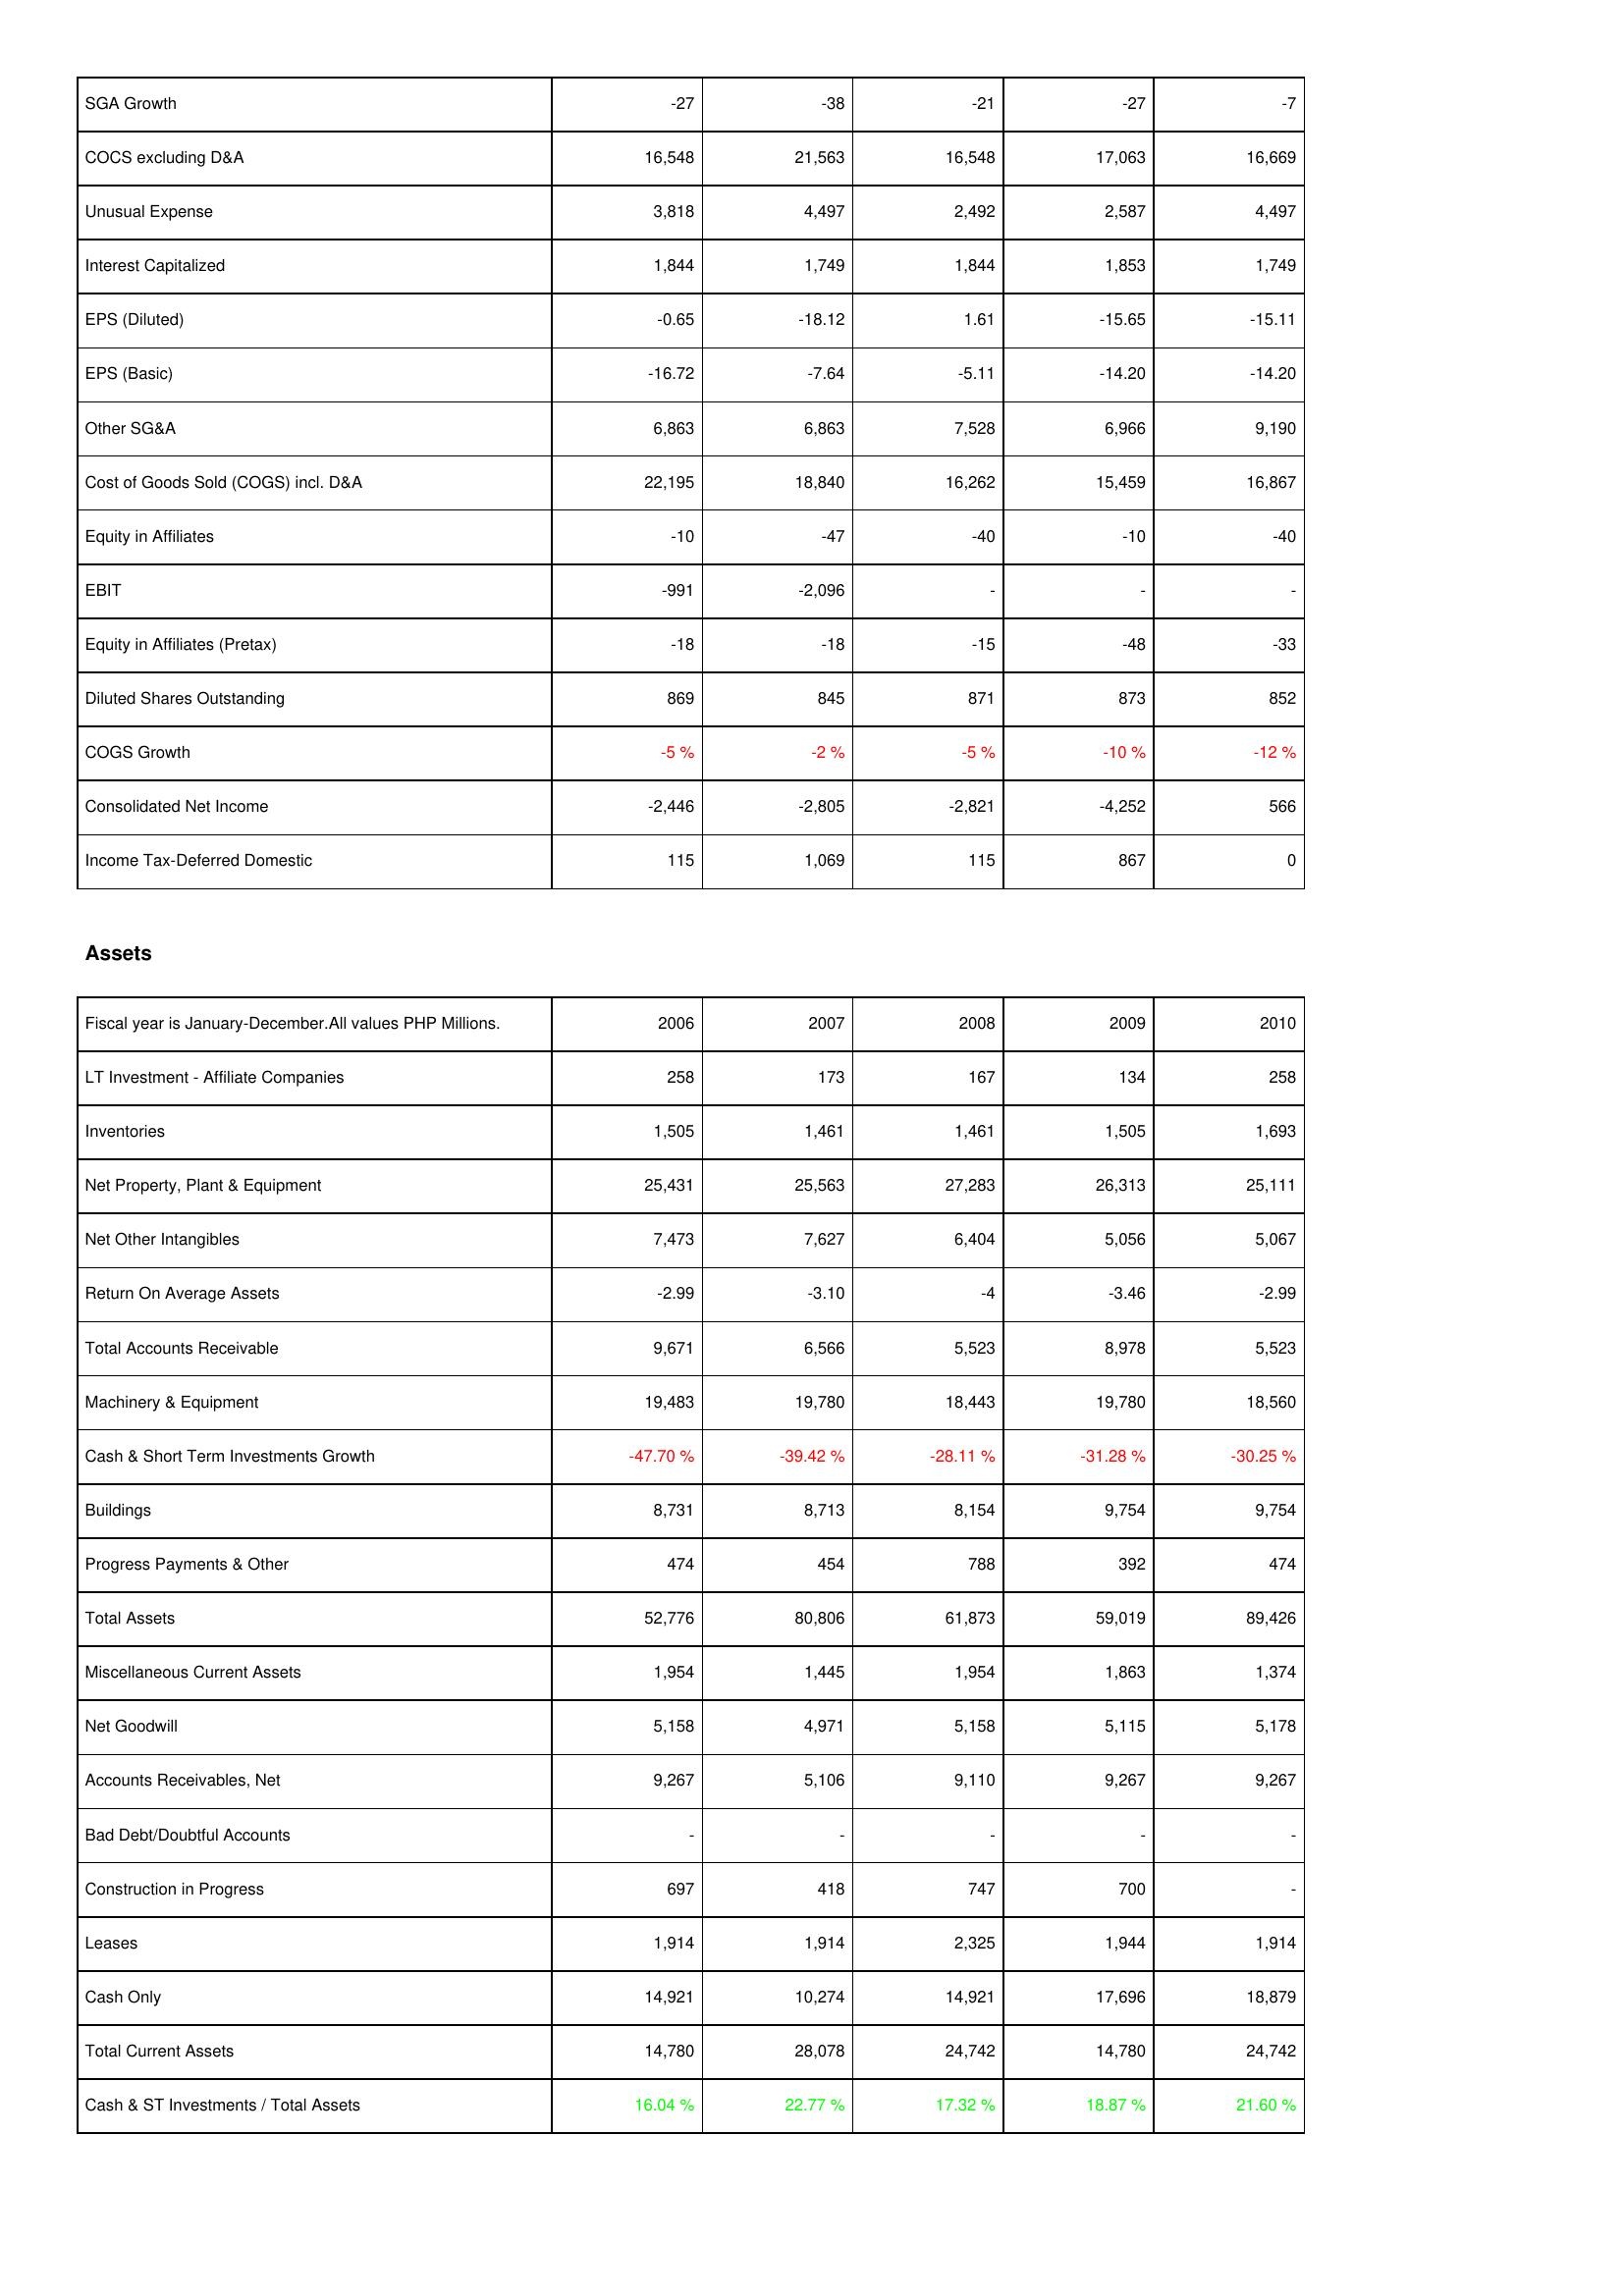
2006: Income Statement: SGA Growth: -27
COCS excluding D&A: 16,548
Unusual Expense: 3,818
Interest Capitalized: 1,844
EPS (Diluted): -0.65
EPS (Basic): -16.72
Other SG&A: 6,863
Cost of Goods Sold (COGS) incl. D&A: 22,195
Equity in Affiliates: -10
EBIT: -991
Equity in Affiliates (Pretax): -18
Diluted Shares Outstanding: 869
COGS Growth: -5 %
Consolidated Net Income: -2,446
Income Tax-Deferred Domestic: 115
Assets: LT Investment - Affiliate Companies: 258
Inventories: 1,505
Net Property, Plant & Equipment: 25,431
Net Other Intangibles: 7,473
Return On Average Assets: -2.99
Total Accounts Receivable: 9,671
Machinery & Equipment: 19,483
Cash & Short Term Investments Growth: -47.70 %
Buildings: 8,731
Progress Payments & Other: 474
Total Assets: 52,776
Miscellaneous Current Assets: 1,954
Net Goodwill: 5,158
Accounts Receivables, Net: 9,267
Bad Debt/Doubtful Accounts: -
Construction in Progress: 697
Leases: 1,914
Cash Only: 14,921
Total Current Assets: 14,780
Cash & ST Investments / Total Assets: 16.04 %
2007: Income Statement: SGA Growth: -38
COCS excluding D&A: 21,563
Unusual Expense: 4,497
Interest Capitalized: 1,749
EPS (Diluted): -18.12
EPS (Basic): -7.64
Other SG&A: 6,863
Cost of Goods Sold (COGS) incl. D&A: 18,840
Equity in Affiliates: -47
EBIT: -2,096
Equity in Affiliates (Pretax): -18
Diluted Shares Outstanding: 845
COGS Growth: -2 %
Consolidated Net Income: -2,805
Income Tax-Deferred Domestic: 1,069
Assets: LT Investment - Affiliate Companies: 173
Inventories: 1,461
Net Property, Plant & Equipment: 25,563
Net Other Intangibles: 7,627
Return On Average Assets: -3.10
Total Accounts Receivable: 6,566
Machinery & Equipment: 19,780
Cash & Short Term Investments Growth: -39.42 %
Buildings: 8,713
Progress Payments & Other: 454
Total Assets: 80,806
Miscellaneous Current Assets: 1,445
Net Goodwill: 4,971
Accounts Receivables, Net: 5,106
Bad Debt/Doubtful Accounts: -
Construction in Progress: 418
Leases: 1,914
Cash Only: 10,274
Total Current Assets: 28,078
Cash & ST Investments / Total Assets: 22.77 %
2008: Income Statement: SGA Growth: -21
COCS excluding D&A: 16,548
Unusual Expense: 2,492
Interest Capitalized: 1,844
EPS (Diluted): 1.61
EPS (Basic): -5.11
Other SG&A: 7,528
Cost of Goods Sold (COGS) incl. D&A: 16,262
Equity in Affiliates: -40
EBIT: -
Equity in Affiliates (Pretax): -15
Diluted Shares Outstanding: 871
COGS Growth: -5 %
Consolidated Net Income: -2,821
Income Tax-Deferred Domestic: 115
Assets: LT Investment - Affiliate Companies: 167
Inventories: 1,461
Net Property, Plant & Equipment: 27,283
Net Other Intangibles: 6,404
Return On Average Assets: -4
Total Accounts Receivable: 5,523
Machinery & Equipment: 18,443
Cash & Short Term Investments Growth: -28.11 %
Buildings: 8,154
Progress Payments & Other: 788
Total Assets: 61,873
Miscellaneous Current Assets: 1,954
Net Goodwill: 5,158
Accounts Receivables, Net: 9,110
Bad Debt/Doubtful Accounts: -
Construction in Progress: 747
Leases: 2,325
Cash Only: 14,921
Total Current Assets: 24,742
Cash & ST Investments / Total Assets: 17.32 %
2009: Income Statement: SGA Growth: -27
COCS excluding D&A: 17,063
Unusual Expense: 2,587
Interest Capitalized: 1,853
EPS (Diluted): -15.65
EPS (Basic): -14.20
Other SG&A: 6,966
Cost of Goods Sold (COGS) incl. D&A: 15,459
Equity in Affiliates: -10
EBIT: -
Equity in Affiliates (Pretax): -48
Diluted Shares Outstanding: 873
COGS Growth: -10 %
Consolidated Net Income: -4,252
Income Tax-Deferred Domestic: 867
Assets: LT Investment - Affiliate Companies: 134
Inventories: 1,505
Net Property, Plant & Equipment: 26,313
Net Other Intangibles: 5,056
Return On Average Assets: -3.46
Total Accounts Receivable: 8,978
Machinery & Equipment: 19,780
Cash & Short Term Investments Growth: -31.28 %
Buildings: 9,754
Progress Payments & Other: 392
Total Assets: 59,019
Miscellaneous Current Assets: 1,863
Net Goodwill: 5,115
Accounts Receivables, Net: 9,267
Bad Debt/Doubtful Accounts: -
Construction in Progress: 700
Leases: 1,944
Cash Only: 17,696
Total Current Assets: 14,780
Cash & ST Investments / Total Assets: 18.87 %
2010: Income Statement: SGA Growth: -7
COCS excluding D&A: 16,669
Unusual Expense: 4,497
Interest Capitalized: 1,749
EPS (Diluted): -15.11
EPS (Basic): -14.20
Other SG&A: 9,190
Cost of Goods Sold (COGS) incl. D&A: 16,867
Equity in Affiliates: -40
EBIT: -
Equity in Affiliates (Pretax): -33
Diluted Shares Outstanding: 852
COGS Growth: -12 %
Consolidated Net Income: 566
Income Tax-Deferred Domestic: 0
Assets: LT Investment - Affiliate Companies: 258
Inventories: 1,693
Net Property, Plant & Equipment: 25,111
Net Other Intangibles: 5,067
Return On Average Assets: -2.99
Total Accounts Receivable: 5,523
Machinery & Equipment: 18,560
Cash & Short Term Investments Growth: -30.25 %
Buildings: 9,754
Progress Payments & Other: 474
Total Assets: 89,426
Miscellaneous Current Assets: 1,374
Net Goodwill: 5,178
Accounts Receivables, Net: 9,267
Bad Debt/Doubtful Accounts: -
Construction in Progress: -
Leases: 1,914
Cash Only: 18,879
Total Current Assets: 24,742
Cash & ST Investments / Total Assets: 21.60 %